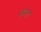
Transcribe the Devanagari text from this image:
सम्त